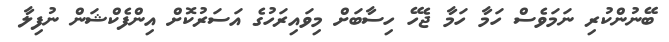
ބޭނުންކުރި ނަމަވެސް ހަމާ ހަމާ ޖެހޭ ހިސާބަށް މިވައިރަހުގެ އަސަރުކޮށް އިންފެކްޝަން ނުފިލާ